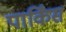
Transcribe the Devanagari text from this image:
पार्किंस